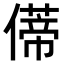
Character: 𫣥